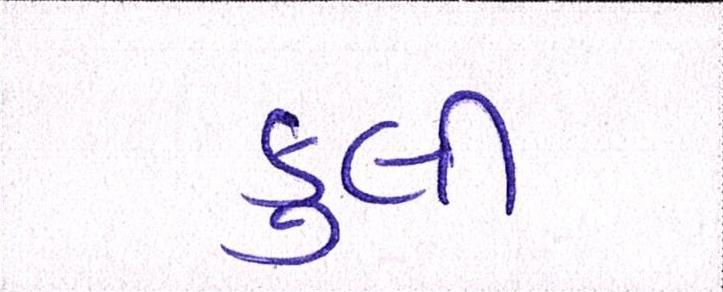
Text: કુલી